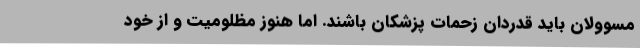
مسوولان باید قدردان زحمات پزشکان باشند. اما هنوز مظلومیت و از خود